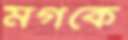
মগকে